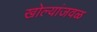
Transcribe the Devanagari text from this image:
खोल्यांजवळ